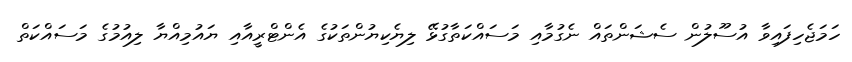
ހަމަޖެހިފައިވާ އުސޫލުން ސެޝަންތައް ނެގުމާއި މަސައްކަތާގުޅޭ ލިޔެކިޔުންތަކުގެ އެންޓްރީއާއި ޔައުމިއްޔާ ލިއުމުގެ މަސައްކަތް